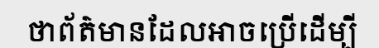
ថាព័ត៌មានដែលអាចប្រើដើម្បី